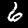
Digit: 6